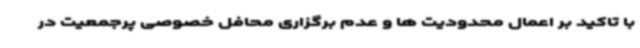
با تاکید بر اعمال محدودیت ها و عدم برگزاری محافل خصوصی پرجمعیت در